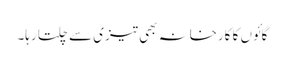
گائوں کا کارخانہ بھی تیزی سے چلتا رہا۔